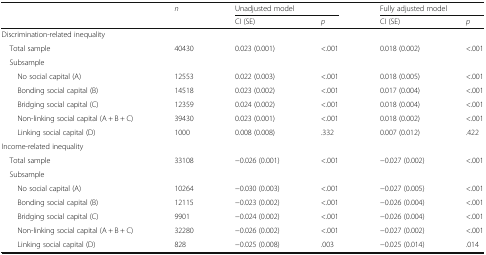
| <ROWSPAN=2>  | <ROWSPAN=2> n | <COLSPAN=2> Unadjusted model | <COLSPAN=2> Fully adjusted model |
 | CI (SE) | p | CI (SE) | p |
 | --- | --- | --- | --- | --- | --- |
 | <COLSPAN=6> Discrimination-related inequality |
 | Total sample | 40430 | 0.023 (0.001) | <.001 | 0.018 (0.002) | <.001 |
 | <COLSPAN=6> Subsample |
 | No social capital (A) | 12553 | 0.022 (0.003) | <.001 | 0.018 (0.005) | <.001 |
 | Bonding social capital (B) | 14518 | 0.023 (0.002) | <.001 | 0.017 (0.004) | <.001 |
 | Bridging social capital (C) | 12359 | 0.024 (0.002) | <.001 | 0.018 (0.004) | <.001 |
 | Non-linking social capital (A + B + C) | 39430 | 0.023 (0.001) | <.001 | 0.018 (0.002) | <.001 |
 | Linking social capital (D) | 1000 | 0.008 (0.008) | .332 | 0.007 (0.012) | .422 |
 | <COLSPAN=6> Income-related inequality |
 | Total sample | 33108 | −0.026 (0.001) | <.001 | −0.027 (0.002) | <.001 |
 | <COLSPAN=6> Subsample |
 | No social capital (A) | 10264 | −0.030 (0.003) | <.001 | −0.027 (0.005) | <.001 |
 | Bonding social capital (B) | 12115 | −0.023 (0.002) | <.001 | −0.026 (0.004) | <.001 |
 | Bridging social capital (C) | 9901 | −0.024 (0.002) | <.001 | −0.026 (0.004) | <.001 |
 | Non-linking social capital (A + B + C) | 32280 | −0.026 (0.002) | <.001 | −0.027 (0.002) | <.001 |
 | Linking social capital (D) | 828 | −0.025 (0.008) | .003 | −0.025 (0.014) | .014 |